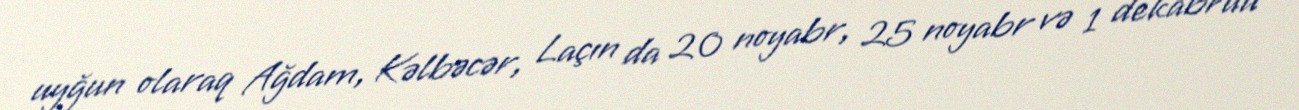
uyğun olaraq Ağdam, Kəlbəcər, Laçın da 20 noyabr, 25 noyabr və 1 dekabrda